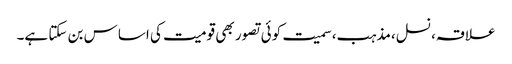
علاقہ، نسل،مذہب،سمیت کوئی تصور بھی قومیت کی اساس بن سکتا ہے۔